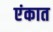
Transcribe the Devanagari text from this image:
एंकात